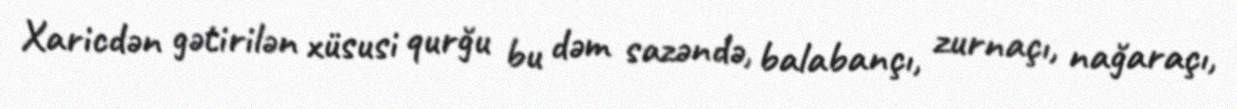
Xaricdən gətirilən xüsusi qurğu bu dəm sazəndə, balabançı, zurnaçı, nağaraçı,